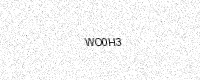
Text: WO0H3